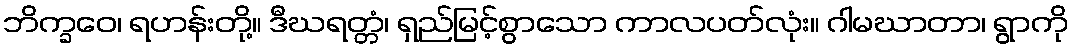
ဘိက္ခဝေ၊ ရဟန်းတို့။ ဒီဃရတ္တံ၊ ရှည်မြင့်စွာသော ကာလပတ်လုံး။ ဂါမဃာတာ၊ ရွာကို